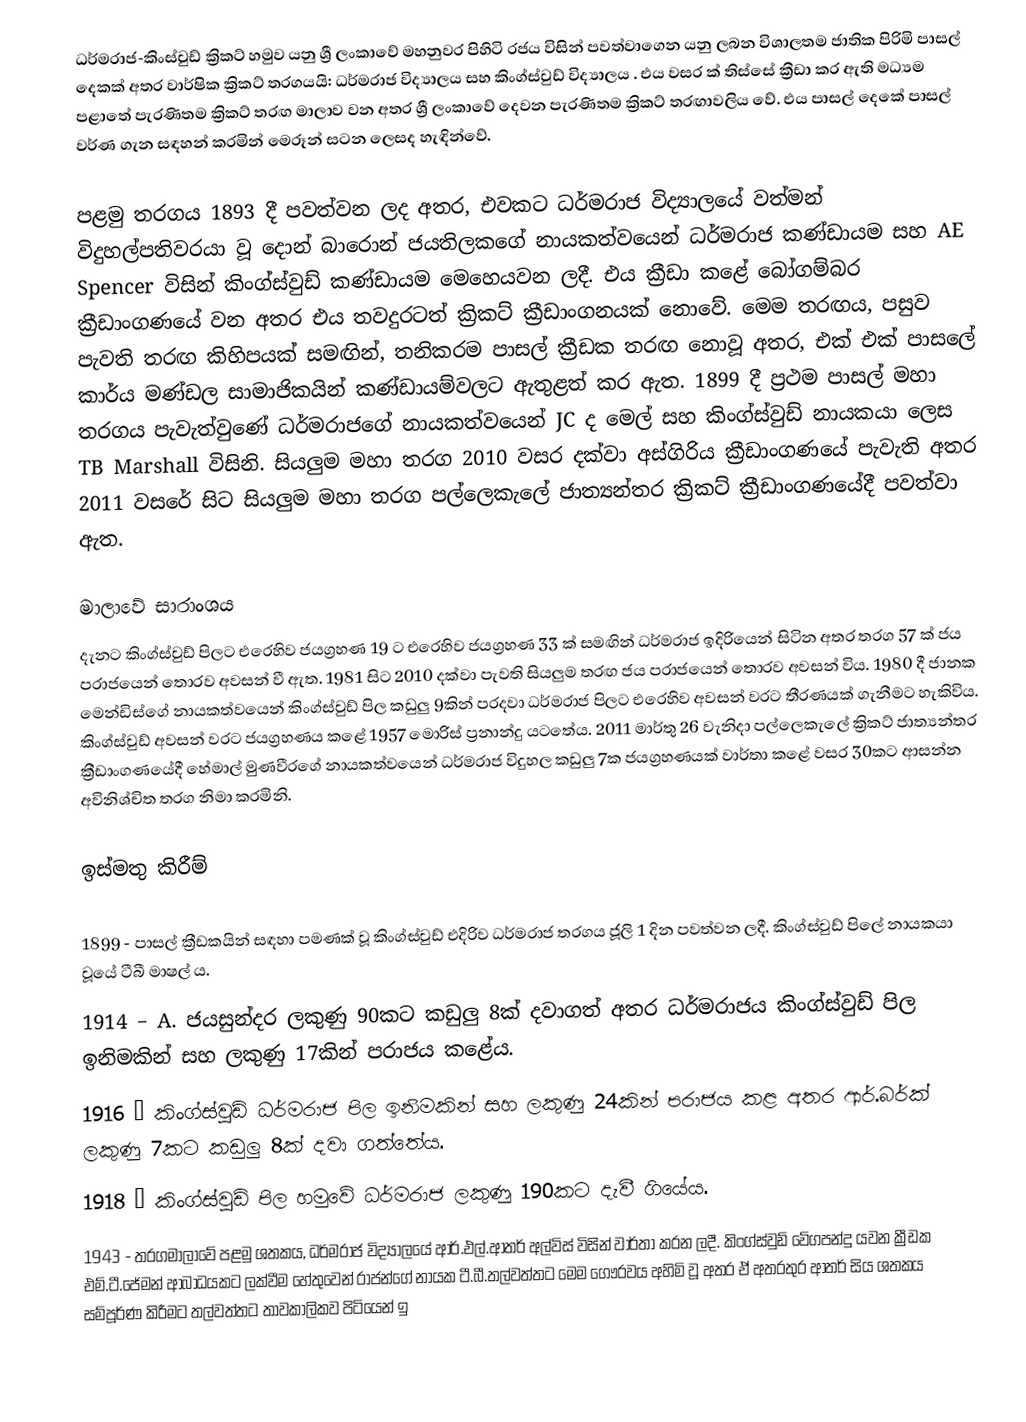
ධර්මරාජ-කිංස්වුඩ් ක්‍රිකට් හමුව යනු ශ්‍රී ලංකාවේ මහනුවර පිහිටි රජය විසින් පවත්වාගෙන යනු ලබන විශාලතම ජාතික පිරිමි පාසල් දෙකක් අතර වාර්ෂික ක්‍රිකට් තරගයයි: ධර්මරාජ විද්‍යාලය සහ කිංග්ස්වුඩ් විද්‍යාලය . එය වසර  ක් තිස්සේ ක්‍රීඩා කර ඇති මධ්‍යම පළාතේ පැරණිතම ක්‍රිකට් තරඟ මාලාව වන අතර ශ්‍රී ලංකාවේ දෙවන පැරණිතම ක්‍රිකට් තරඟාවලිය වේ.  එය පාසල් දෙකේ පාසල් වර්ණ ගැන සඳහන් කරමින් මෙරූන් සටන ලෙසද හැඳින්වේ.

පළමු තරගය 1893 දී පවත්වන ලද අතර, එවකට ධර්මරාජ විද්‍යාලයේ වත්මන් විදුහල්පතිවරයා වූ දොන් බාරොන් ජයතිලකගේ නායකත්වයෙන් ධර්මරාජ කණ්ඩායම සහ AE Spencer විසින් කිංග්ස්වුඩ් කණ්ඩායම මෙහෙයවන ලදී. එය ක්‍රීඩා කළේ බෝගම්බර ක්‍රීඩාංගණයේ වන අතර එය තවදුරටත් ක්‍රිකට් ක්‍රීඩාංගනයක් නොවේ. මෙම තරඟය, පසුව පැවති තරඟ කිහිපයක් සමඟින්, තනිකරම පාසල් ක්‍රීඩක තරඟ නොවූ අතර, එක් එක් පාසලේ කාර්ය මණ්ඩල සාමාජිකයින් කණ්ඩායම්වලට ඇතුළත් කර ඇත. 1899 දී ප්‍රථම පාසල් මහා තරගය පැවැත්වුණේ ධර්මරාජගේ නායකත්වයෙන් JC ද මෙල් සහ කිංග්ස්වුඩ් නායකයා ලෙස TB Marshall විසිනි. සියලුම මහා තරග 2010 වසර දක්වා අස්ගිරිය ක්‍රීඩාංගණයේ පැවැති අතර 2011 වසරේ සිට සියලුම මහා තරග පල්ලෙකැලේ ජාත්‍යන්තර ක්‍රිකට් ක්‍රීඩාංගණයේදී පවත්වා ඇත.

මාලාවේ සාරාංශය
දැනට කිංග්ස්වුඩ් පිලට එරෙහිව ජයග්‍රහණ 19 ට එරෙහිව ජයග්‍රහණ 33 ක් සමඟින් ධර්මරාජ ඉදිරියෙන් සිටින අතර තරග 57 ක් ජය පරාජයෙන් තොරව අවසන් වී ඇත.   1981 සිට 2010 දක්වා පැවති සියලුම තරඟ ජය පරාජයෙන් තොරව අවසන් විය. 1980 දී ජානක මෙන්ඩිස්ගේ නායකත්වයෙන් කිංග්ස්වුඩ් පිල කඩුලු 9කින් පරදවා ධර්මරාජ පිලට එරෙහිව අවසන් වරට තීරණයක් ගැනීමට හැකිවිය.  කිංග්ස්වුඩ් අවසන් වරට ජයග්‍රහණය කළේ 1957 මොරිස් ප්‍රනාන්දු යටතේය. 2011 මාර්තු 26 වැනිදා පල්ලෙකැලේ ක්‍රිකට් ජාත්‍යන්තර ක්‍රීඩාංගණයේදී හේමාල් මුණවීරගේ නායකත්වයෙන් ධර්මරාජ විදුහල කඩුලු 7ක ජයග්‍රහණයක් වාර්තා කළේ වසර 30කට ආසන්න අවිනිශ්චිත තරග නිමා කරමිනි.

ඉස්මතු කිරීම්

 1899 - පාසල් ක්‍රීඩකයින් සඳහා පමණක් වූ කිංග්ස්වුඩ් එදිරිව ධර්මරාජ තරගය ජූලි 1 දින පවත්වන ලදී. කිංග්ස්වුඩ් පිලේ නායකයා වූයේ ටීබී මාෂල් ය.
 1914 – A. ජයසුන්දර ලකුණු 90කට කඩුලු 8ක් දවාගත් අතර ධර්මරාජය කිංග්ස්වුඩ් පිල ඉනිමකින් සහ ලකුණු 17කින් පරාජය කළේය.
 1916 – කිංග්ස්වුඩ් ධර්මරාජ පිල ඉනිමකින් සහ ලකුණු 24කින් පරාජය කළ අතර ආර්.බර්ක් ලකුණු 7කට කඩුලු 8ක් දවා ගත්තේය.
 1918 – කිංග්ස්වුඩ් පිල හමුවේ ධර්මරාජ ලකුණු 190කට දැවී ගියේය.
 1943 - තරගමාලාවේ පළමු ශතකය, ධර්මරාජ විද්‍යාලයේ ආර්.එල්.ආතර් අල්විස් විසින් වාර්තා කරන ලදී. කිංග්ස්වුඩ් වේගපන්දු යවන ක්‍රීඩක එම්.ටී.ජේමන් ආබාධයකට ලක්වීම හේතුවෙන් රාජන්ගේ නායක ටී.බී.තල්වත්තට මෙම ගෞරවය අහිමි වූ අතර ඒ අතරතුර ආතර් සිය ශතකය සම්පූර්ණ කිරීමට තල්වත්තට තාවකාලිකව පිටියෙන් ඉ